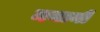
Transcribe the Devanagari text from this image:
मनानी